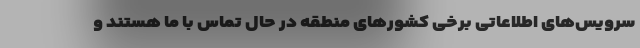
سرویس‌های اطلاعاتی برخی کشور‌های منطقه در حال تماس با ما هستند و